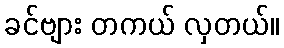
ခင်ဗျား တကယ် လှတယ်။